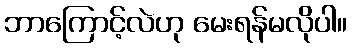
ဘာကြောင့်လဲဟု မေးရန်မလိုပါ။